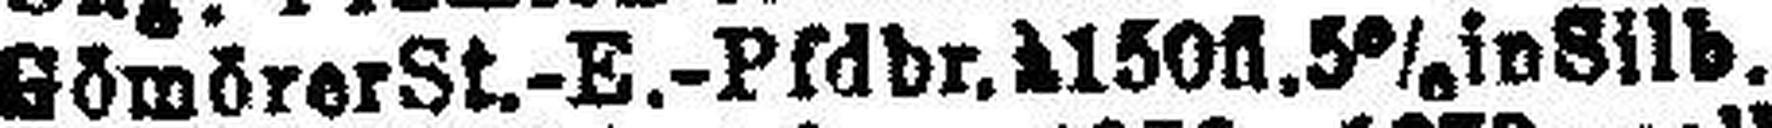
GömörerSt.-E.-Pfdbr. à150fl.5% in Silb.